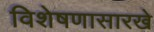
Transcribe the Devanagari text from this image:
विशेषणासारखे